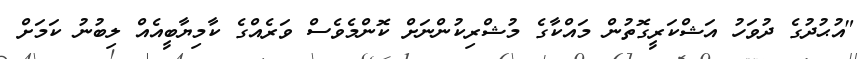
"އުޙުދުގެ ދުވަހު އަޝްކަރީގޮތުން މައްކާގެ މުޝްރިކުންނަށް ކޮންމެވެސް ވަރެއްގެ ކާމިޔާބީއެއް ލިބުނު ކަމަށް